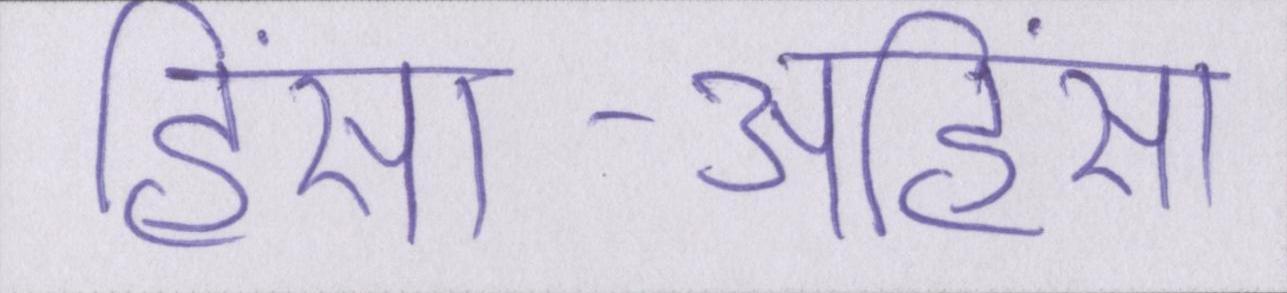
हिंसा-अहिंसा